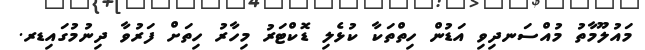
މައުލޫމާތު މުއްސަނދިވި އަޑުން ހިތްތަކާ ކުޅެލި ޑޮކްޓަރު މިހާރު ހިތަށް ފަރުވާ ދިނުމުގައިޑރ.